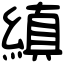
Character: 縝